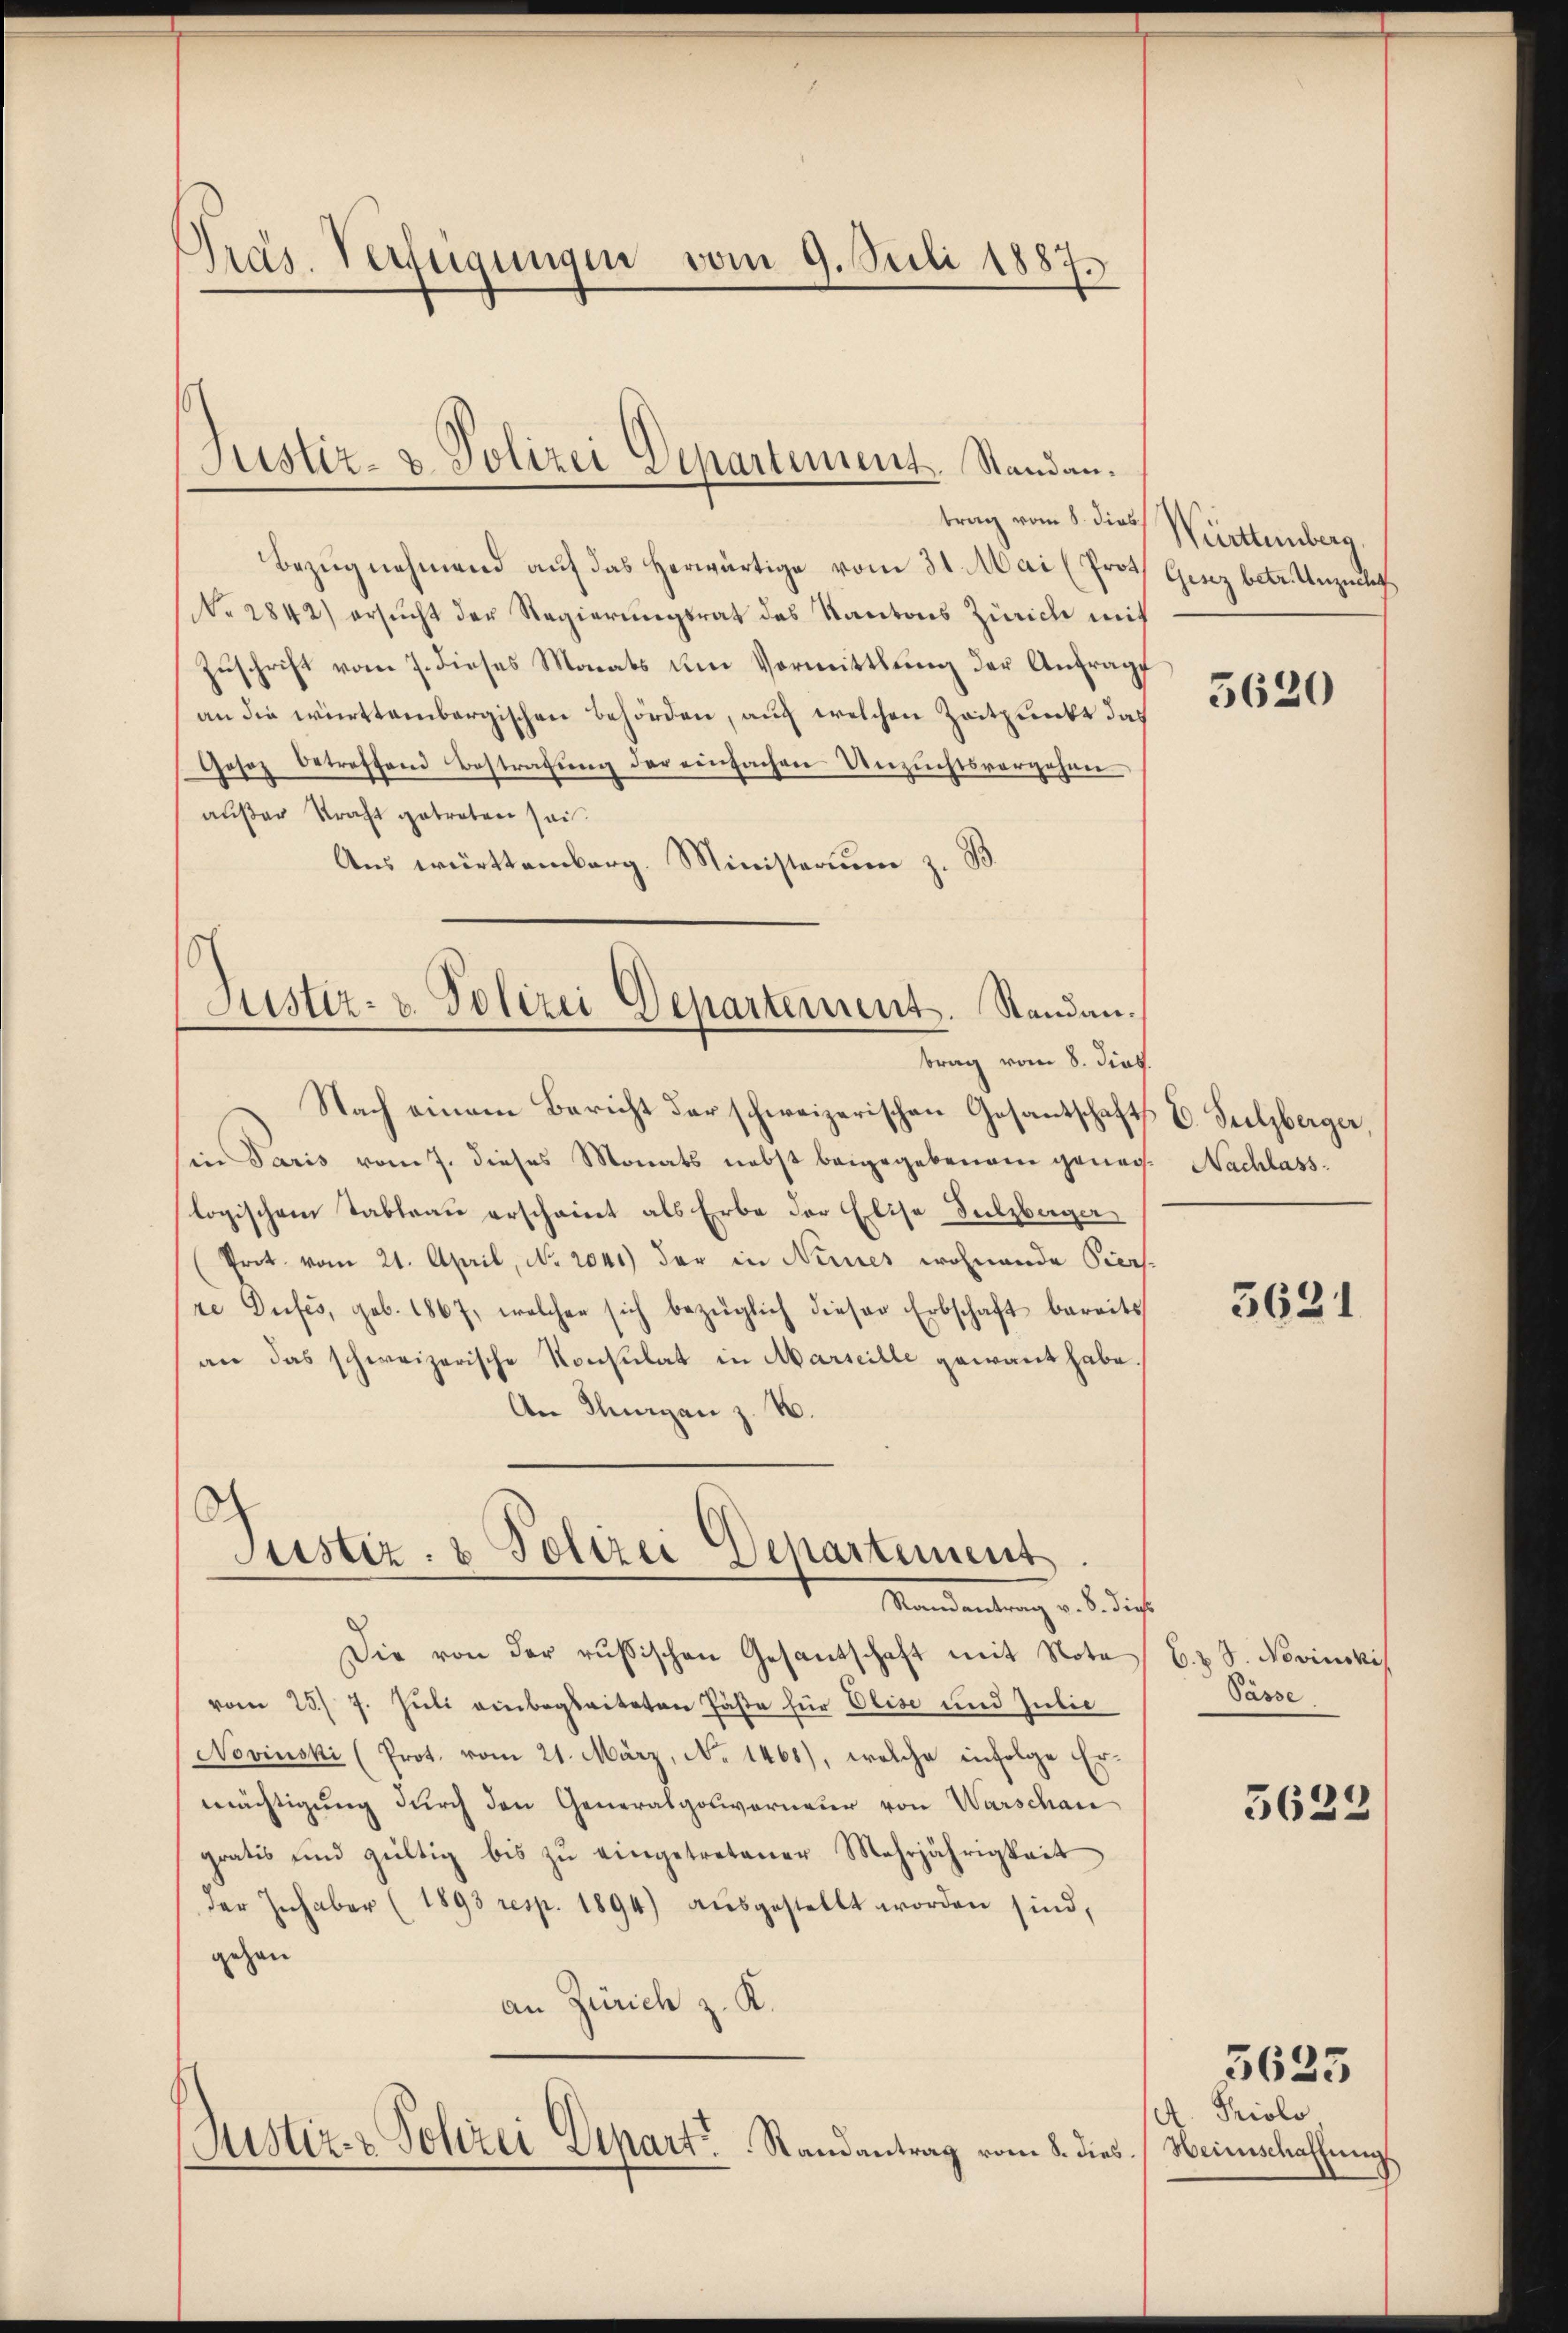
Präs. Verfügungen vom 9. Juli 1887.

Justiz- & Polizei Departement. Standan¬

trag vom 8. dies
Bezŭgnehmend auf das herwärtige vom 31. Mai (Prot. Gesez betr. Unzucht
No. 2842) ersŭcht der Regierungsrat des Kantons Zürich mit
Zuschrift vom 7. dieses Monats am Vormittlung der Anfrage
an die württembergischen Behörden, auch welchen Zeitpunkt das
Gesoz betreffend Bestrafung der einfachen Unzuchtsvorgehen
außer Straft getreten sei.
Aus württemberg. Ministerium z. B.
Justiz- u. Polizei Departement. Standan¬

brag vom 8. dies

Nach einem Bericht der schweizerischen Gesantschafts E. Sulzberger
in Paris vom 7. dieses Monats nebst beigegebenen genag. Nachlasslogischen Tableau erscheint als Erbe der Elise Sulzberger
Prot. vom 21. April, No. 2041) der in Neues wohnende Piers-
ze Difés, geb. 1867, welcher sich bezüglich dieser Erbschaft bereits
an das schweizerische Konsulat in Marseille gewant habe.
An Thurgan z. B.
d

Justiz- & Polizei Departement
Mandantung u. 5 diese

Die von der russischen Gesantschaft mit Note
vom 23. 7. Juli einbegleiteten Päße für Elise und Julie
Novinski (Prot. vom 21. März, No 1468), welche infolge Ermächtigung durch den Generalpolivorneur von Warschan
gratis und gültig bis zŭ eingetretener Mehrjährigkeit
der Inhaber (1893 resp. 1894) aŭsgestellt worden sind,
gehen
an Zürich z. K.
Justiz- & Polizei Depart. Randantrag vom 8. dies

Württemberg,

5620

5631

b. 2 S. Novinskis
Pässe.

5623

A. Priolo
Heimschaffung

5625